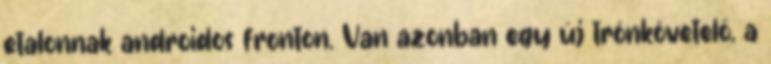
etalonnak androidos fronton. Van azonban egy új trónkövetelő, a